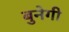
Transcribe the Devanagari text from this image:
बुनेगी